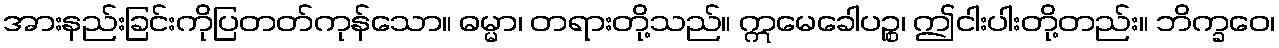
အားနည်းခြင်းကိုပြတတ်ကုန်သော။ ဓမ္မာ၊ တရားတို့သည်။ ဣမေခေါပဉ္စ၊ ဤငါးပါးတို့တည်း။ ဘိက္ခဝေ၊